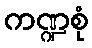
ကဏ္ဍစုံ